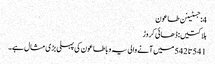
4: جسٹینن طاعون
ہلاکتیں: ڈھائی کروڑ
541 تا 542 میں آنے والی یہ وبا طاعون کی پہلی بڑی مثال ہے۔